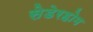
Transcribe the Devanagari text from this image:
सेडेरहोम